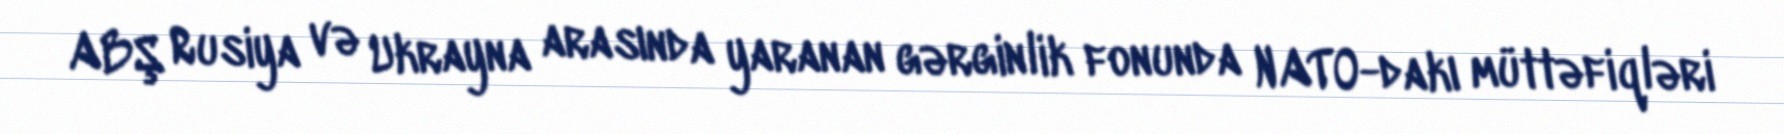
ABŞ Rusiya və Ukrayna arasında yaranan gərginlik fonunda NATO-dakı müttəfiqləri